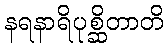
နရနာရိပုစ္ဆိတာတိ